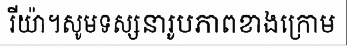
រីយ៉ា។សូមទស្សនារូបភាពខាងក្រោម